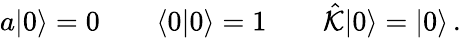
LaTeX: a|0\rangle=0\qquad\langle 0|0\rangle=1\qquad\hat{\cal K}|0\rangle=|0\rangle\, .